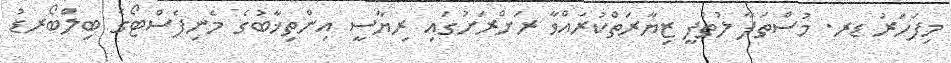
މިފަހަރު ޑރ. މުސްތަފާ ލުތުފީ ޒިޔާރަތްކުރައްވާ ރަށްރަށުގައި ރިޔާސީ އިންތިޚާބުގެ މެނިފެސްޓޯގެ ބިލްބޯރޑު